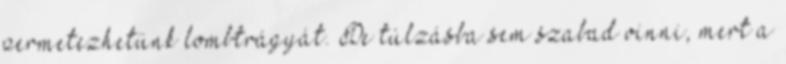
permetezhetünk lombtrágyát. De túlzásba sem szabad vinni, mert a